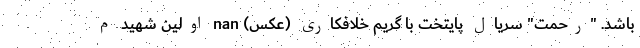
باشد. "رحمت" سریال پایتخت با گریم خلافکاری (عکس) nan اولین شهید م